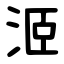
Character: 洍